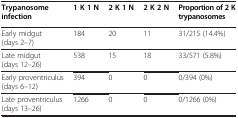
| Trypanosome infection | 1 K 1 N | 2 K 1 N | 2 K 2 N | Proportion of 2 K trypanosomes |
 | --- | --- | --- | --- | --- |
 | Early midgut (days 2–7) | 184 | 20 | 11 | 31/215 (14.4%) |
 | Late midgut (days 12–26) | 538 | 15 | 18 | 33/571 (5.8%) |
 | Early proventriculus (days 6–12) | 394 | 0 | 0 | 0/394 (0%) |
 | Late proventriculus (days 13–26) | 1266 | 0 | 0 | 0/1266 (0%) |